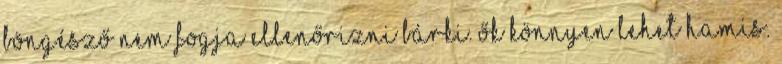
böngésző nem fogja ellenőrizni bárki. Ők könnyen lehet hamis.